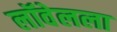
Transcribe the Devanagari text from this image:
लॉवेलला